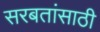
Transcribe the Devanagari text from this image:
सरबतांसाठी